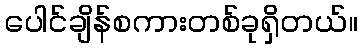
ပေါင်ချိန်စကားတစ်ခုရှိတယ်။